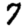
Digit: 7